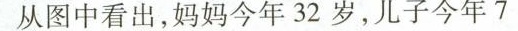
从图中看出，妈妈今年32岁，儿子今年7